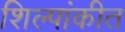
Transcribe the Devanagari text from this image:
शिल्पांकीत